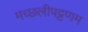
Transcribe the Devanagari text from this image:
मच्‍छलीपट्टणम